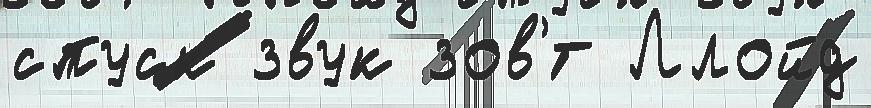
спуск звук зов'́т Ллойд